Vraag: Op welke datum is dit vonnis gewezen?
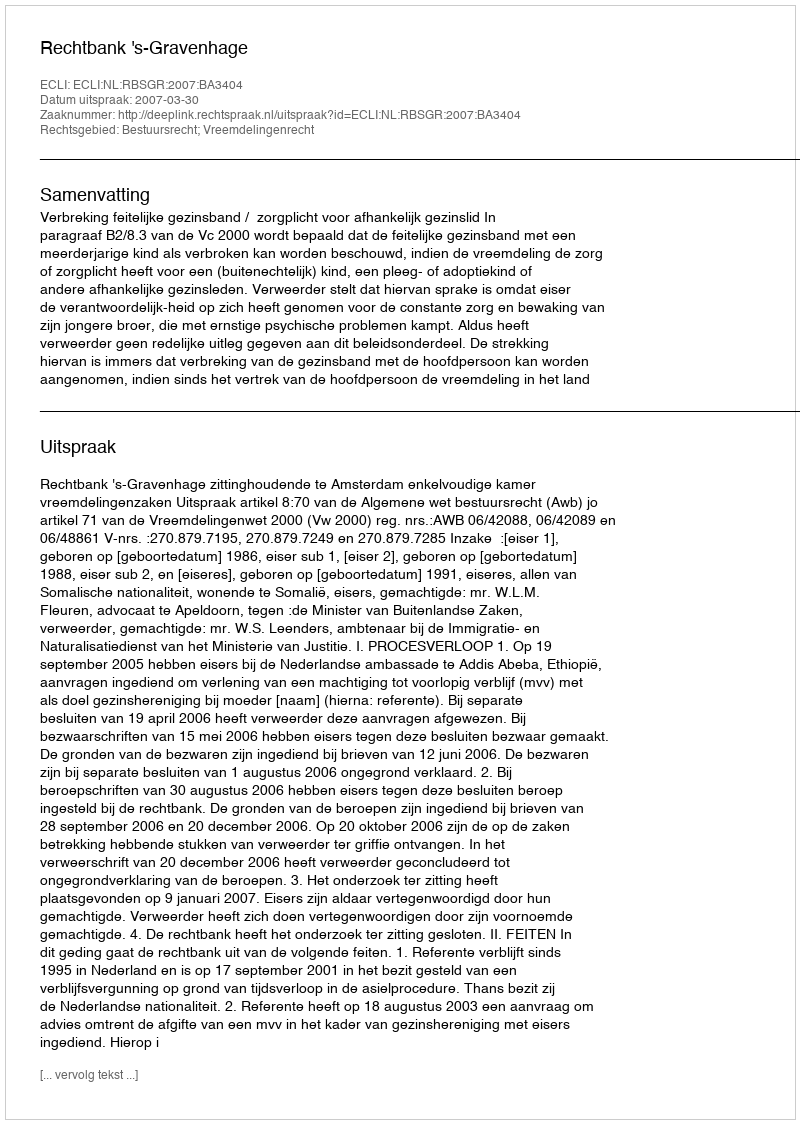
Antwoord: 2007-03-30